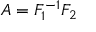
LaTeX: A = F _ { 1 } ^ { - 1 } F _ { 2 }